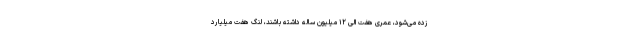
زده می‌شود، عمری هفت الی ۱۲ میلیون ساله داشته باشند، لنگ هفت میلیارد